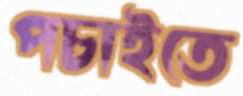
পচাইতে